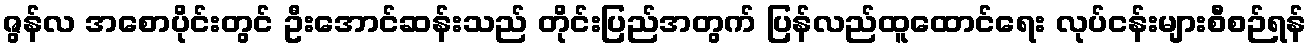
ဇွန်လ အစောပိုင်းတွင် ဦးအောင်ဆန်းသည် တိုင်းပြည်အတွက် ပြန်လည်ထူထောင်ရေး လုပ်ငန်းများစီစဉ်ရန်